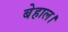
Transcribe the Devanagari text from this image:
बेहाल।